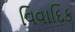
વિવાદિક